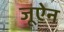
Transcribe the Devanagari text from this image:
जूऐन